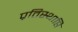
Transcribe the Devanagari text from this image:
प्रतिस्थाप्ति